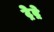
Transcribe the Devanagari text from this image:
ट्रेद्रे